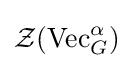
{\mathcal {Z}}({\text{Vec}}_{G}^{\alpha })